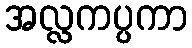
အလ္လကပ္ပကာ